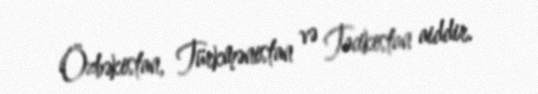
Özbəkistan, Türkmənistan və Tacikistan aiddir.